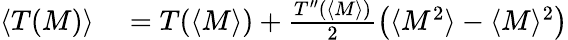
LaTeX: \begin{array}{rl}{\langle T(M)\rangle}&{{}=T(\langle M\rangle)+\frac{T^{\prime\prime}(\langle M\rangle)}{2}\left(\langle M^{2}\rangle-\langle M\rangle^{2}\right)}\end{array}